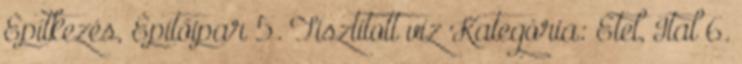
Építkezés, Építőipar 5. Tisztított víz Kategória: Étel, Ital 6.